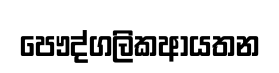
පෞද්ගලිකආයතන